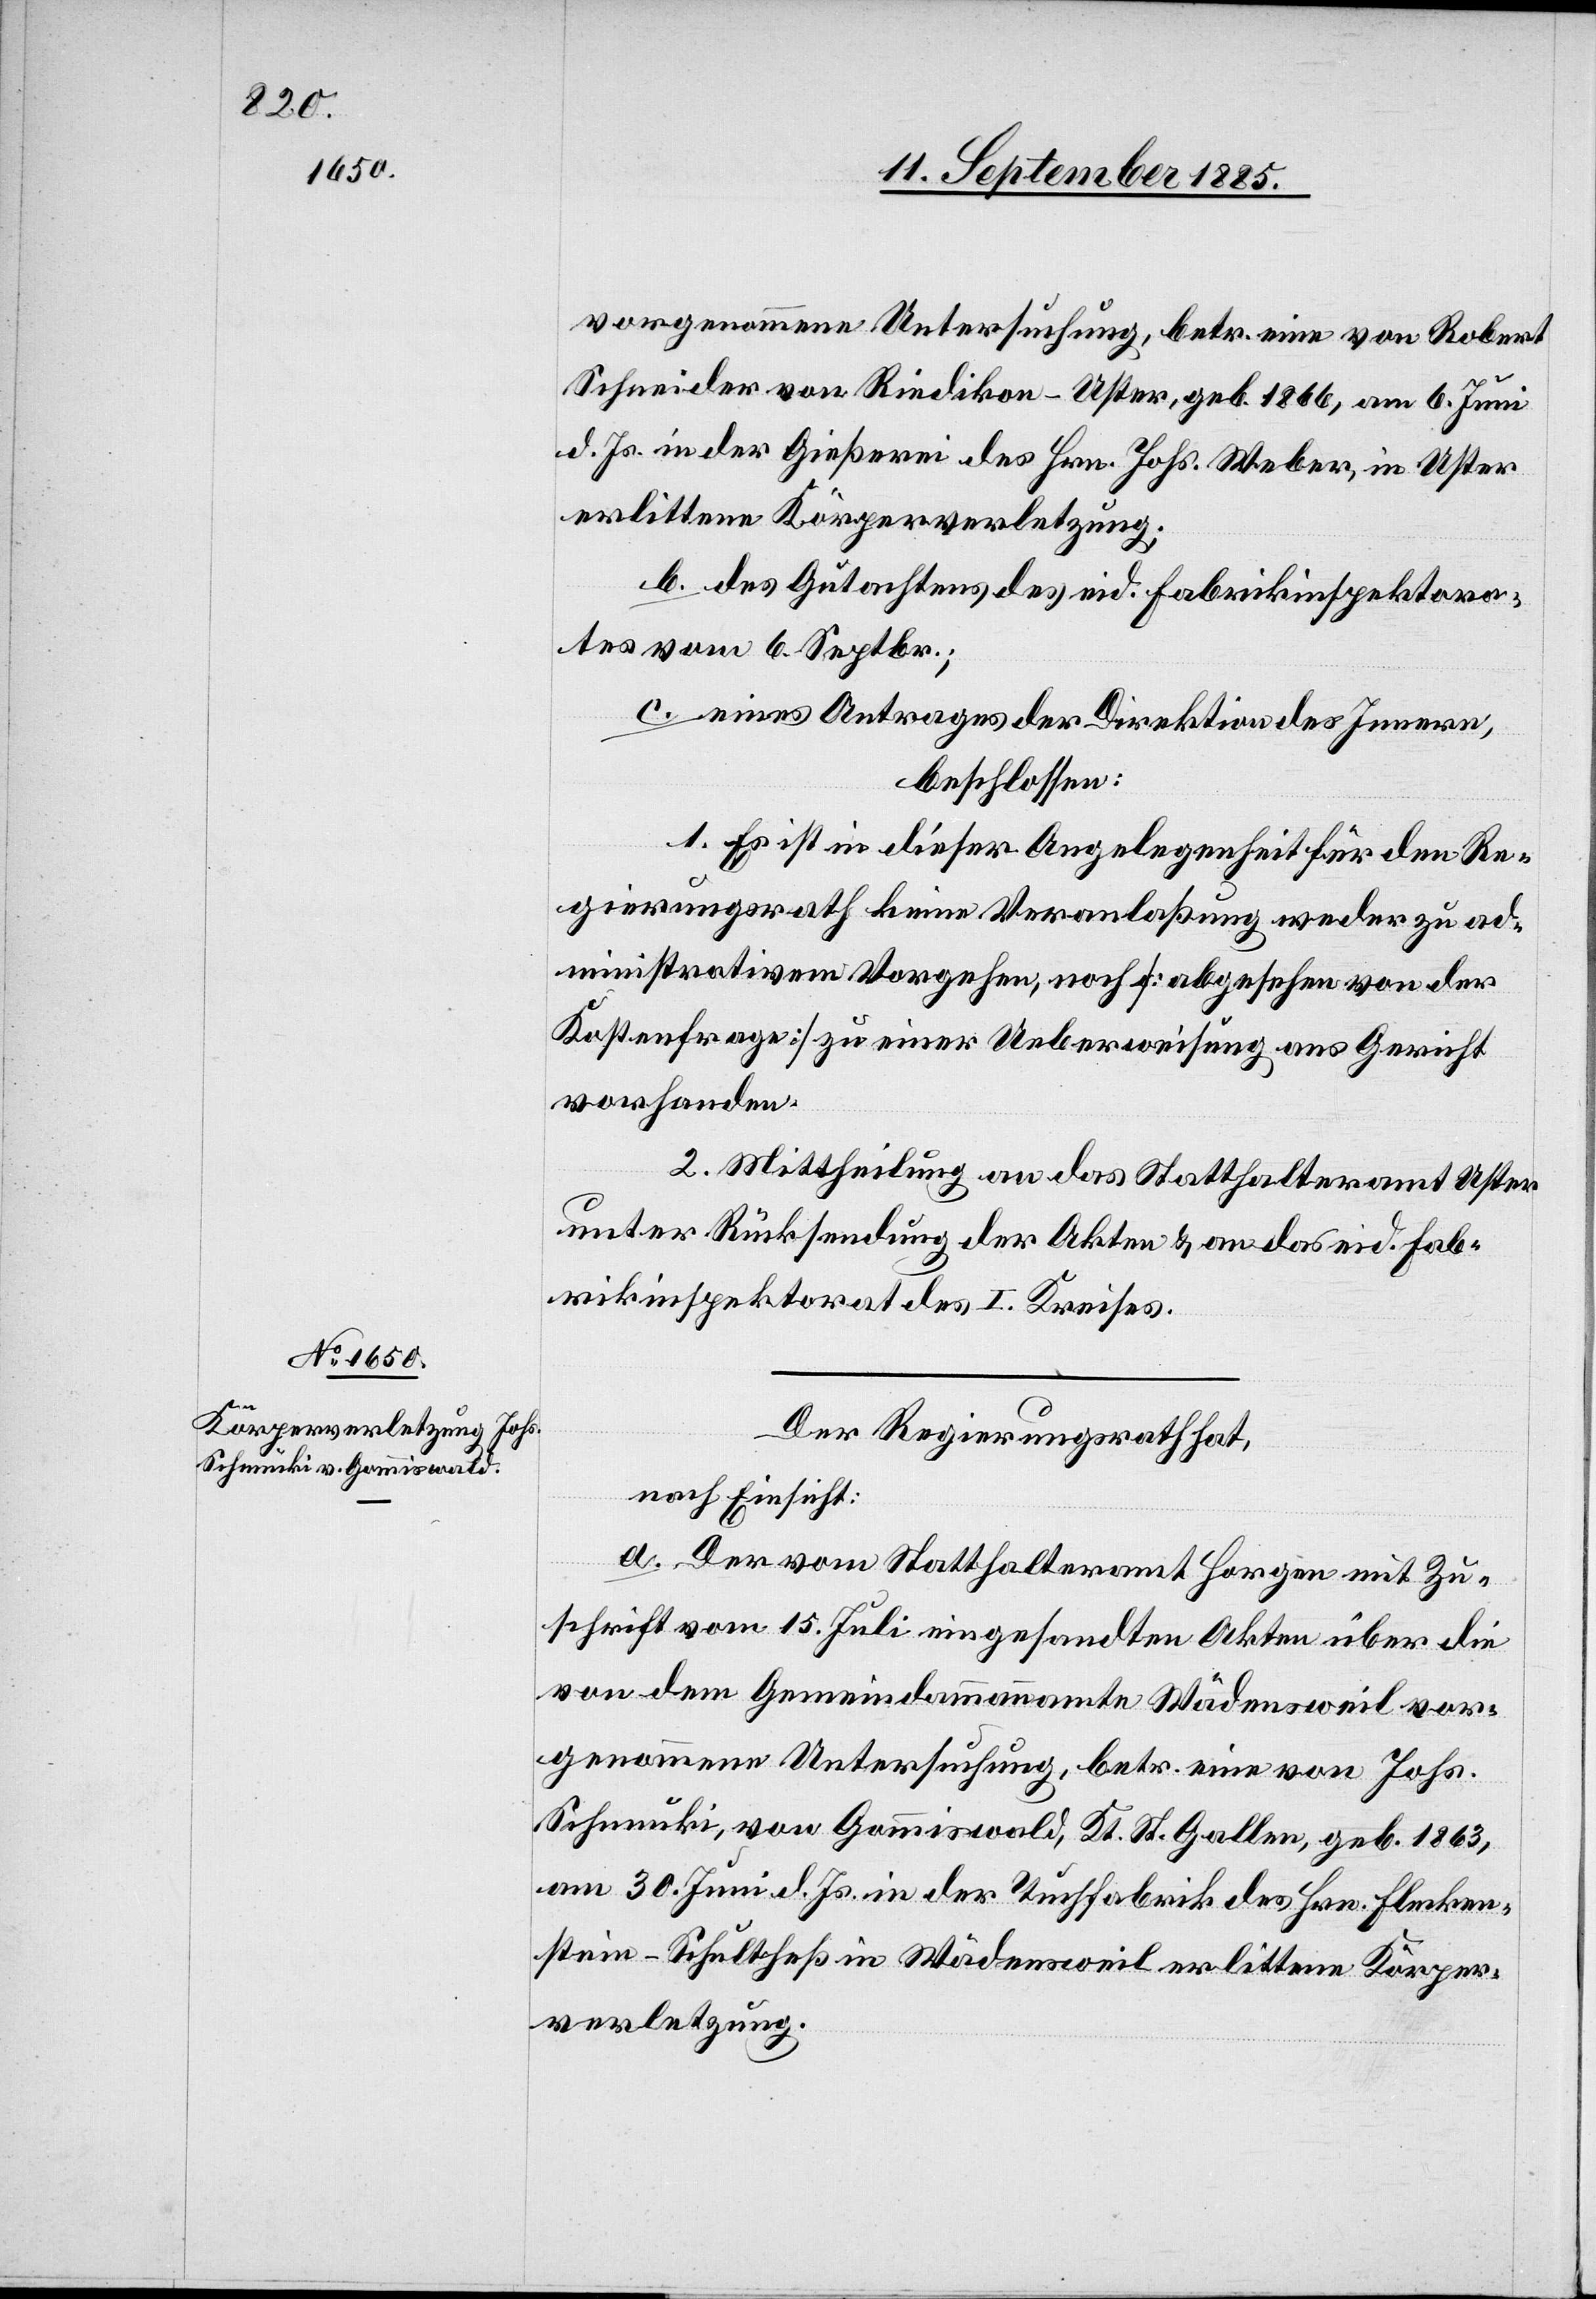
vorgenommene Untersuchung, betr. eine von Robert
Schneider von Riedikon - Uster, geb. 1866, am 6. Juni
d. Js. in der Gießerei des Hrn. Johs. Weber, in Uster
erlittene Körperverletzung.
b. des Gutachtens des eid. Fabrikinspektora¬
tes vom 6. Septbr.;
c. eines Antrages der Direktion des Innern,
beschlossen:
1. Es ist in dieser Angelegenheit für den Re¬
gierungsrath keine Veranlaßung weder zu ad¬
ministrativem Vorgehen, noch [abgesehen von der
Kostenfrage] zu einer Ueberweisung ans Gericht
vorhanden.
2. Mittheilung an das Statthalteramt Uster
unter Rücksendung der Akten & an das eid. Fab¬
rikinspektorat des I. Kreises.
Der Regierungsrath hat,
nach Einsicht:
a. Der vom Statthalteramt Horgen mit Zu¬
schrift vom 15. Juli eingesandten Akten über die
von dem Gemeindammannamte Wädensweil vor¬
genommene Untersuchung, betr. eine von Johs.
Schmucki, von Gommiswald, Kt. St. Gallen, geb. 1863,
am 30. Juni d. Js. in der Tuchfabrik des Hrn. Flecken¬
stein-Schultheß in Wädensweil erlittene Körper¬
verletzung.